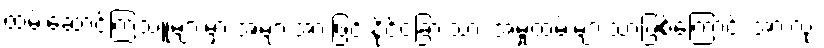
ထမ်းဆောင်ကြသူများမှာ အများအားဖြင့် နိုင်ငံခြားသား အမှုထမ်းများသာဖြစ်ကြောင်း အားလုံး